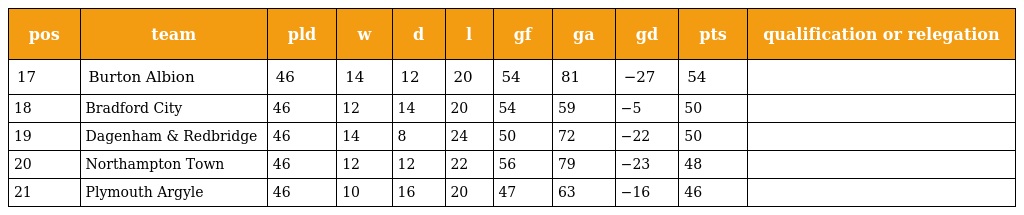
| pos | team | pld | w | d | l | gf | ga | gd | pts | qualification or relegation |
 | --- | --- | --- | --- | --- | --- | --- | --- | --- | --- | --- |
 | 17 | Burton Albion | 46 | 14 | 12 | 20 | 54 | 81 | −27 | 54 |  |
 | 18 | Bradford City | 46 | 12 | 14 | 20 | 54 | 59 | −5 | 50 |  |
 | 19 | Dagenham & Redbridge | 46 | 14 | 8 | 24 | 50 | 72 | −22 | 50 |  |
 | 20 | Northampton Town | 46 | 12 | 12 | 22 | 56 | 79 | −23 | 48 |  |
 | 21 | Plymouth Argyle | 46 | 10 | 16 | 20 | 47 | 63 | −16 | 46 |  |